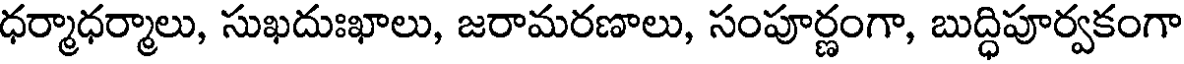
ధర్మాధర్మాలు, సుఖదుఃఖాలు, జరామరణాలు, సంపూర్ణంగా, బుద్ధిపూర్వకంగా